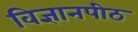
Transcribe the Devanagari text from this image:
विज्ञानपीठ